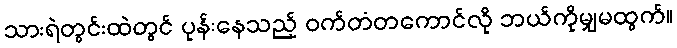
သားရဲတွင်းထဲတွင် ပုန်းနေသည့် ဝက်တံတကောင်လို ဘယ်ကိုမျှမထွက်။